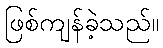
ဖြစ်ကျန်ခဲ့သည်။